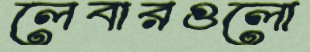
লেবারগুলো